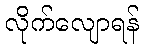
လိုက်လျောရန်